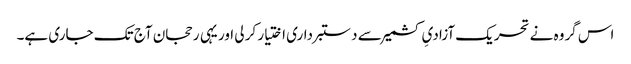
اس گروہ نے تحریک آزادیِ کشمیر سے دستبرداری اختیار کر لی اور یہی رحجان آج تک جاری ہے۔